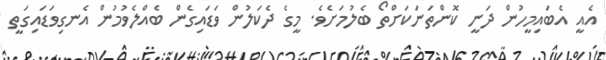
އެއީ އެބައިމީހުން ދަނީ ކޮންތަނަކަށްތޯ ބެލުމަށެވެ. މީގެ ދެކަލުން ވަޑައިގެން ބެއްލެވުމުން އެނގިވަޑައިގަތީ